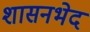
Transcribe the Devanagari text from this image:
शासनभेद